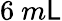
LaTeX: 6~m\mathsf{L}